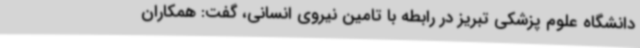
دانشگاه علوم پزشکی تبریز در رابطه با تامین نیروی انسانی، گفت: همکاران